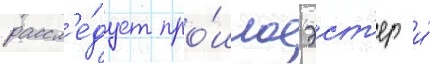
рассл'е́дует про́шлое эст'ер и́